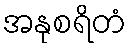
အနုစရိတံ